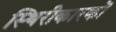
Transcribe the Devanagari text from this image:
स्थिरीकारकों